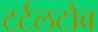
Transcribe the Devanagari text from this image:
टर्टलटौब